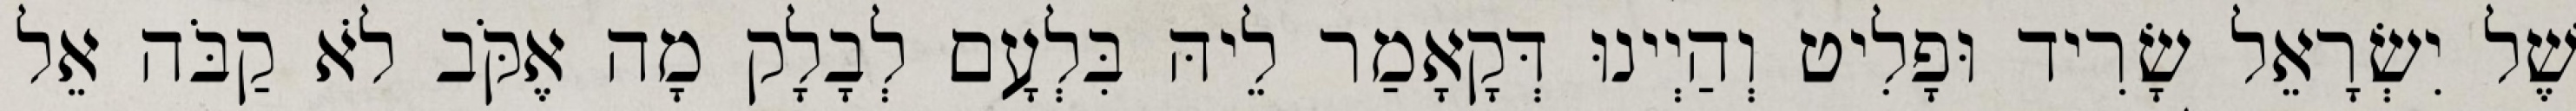
שֶׁל יִשְׂרָאֵל שָׂרִיד וּפָלִיט וְהַיְינוּ דְּקָאָמַר לֵיהּ בִּלְעָם לְבָלָק מָה אֶקֹּב לֹא קַבֹּה אֵל